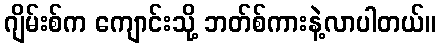
ဂျိမ်းစ်က ကျောင်းသို့ ဘတ်စ်ကားနဲ့လာပါတယ်။